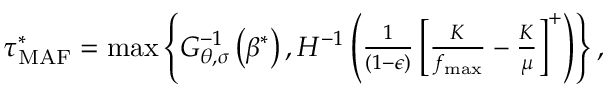
\begin{array} { r } { \tau _ { \mathrm { M A F } } ^ { * } = \operatorname* { m a x } \left\{ G _ { \boldsymbol { \theta } , \boldsymbol { \sigma } } ^ { - 1 } \left( \beta ^ { * } \right) , H ^ { - 1 } \left( \frac { 1 } { ( 1 - \epsilon ) } \left[ \frac { K } { f _ { \operatorname* { m a x } } } - \frac { K } { \mu } \right] ^ { + } \right) \right\} , } \end{array}